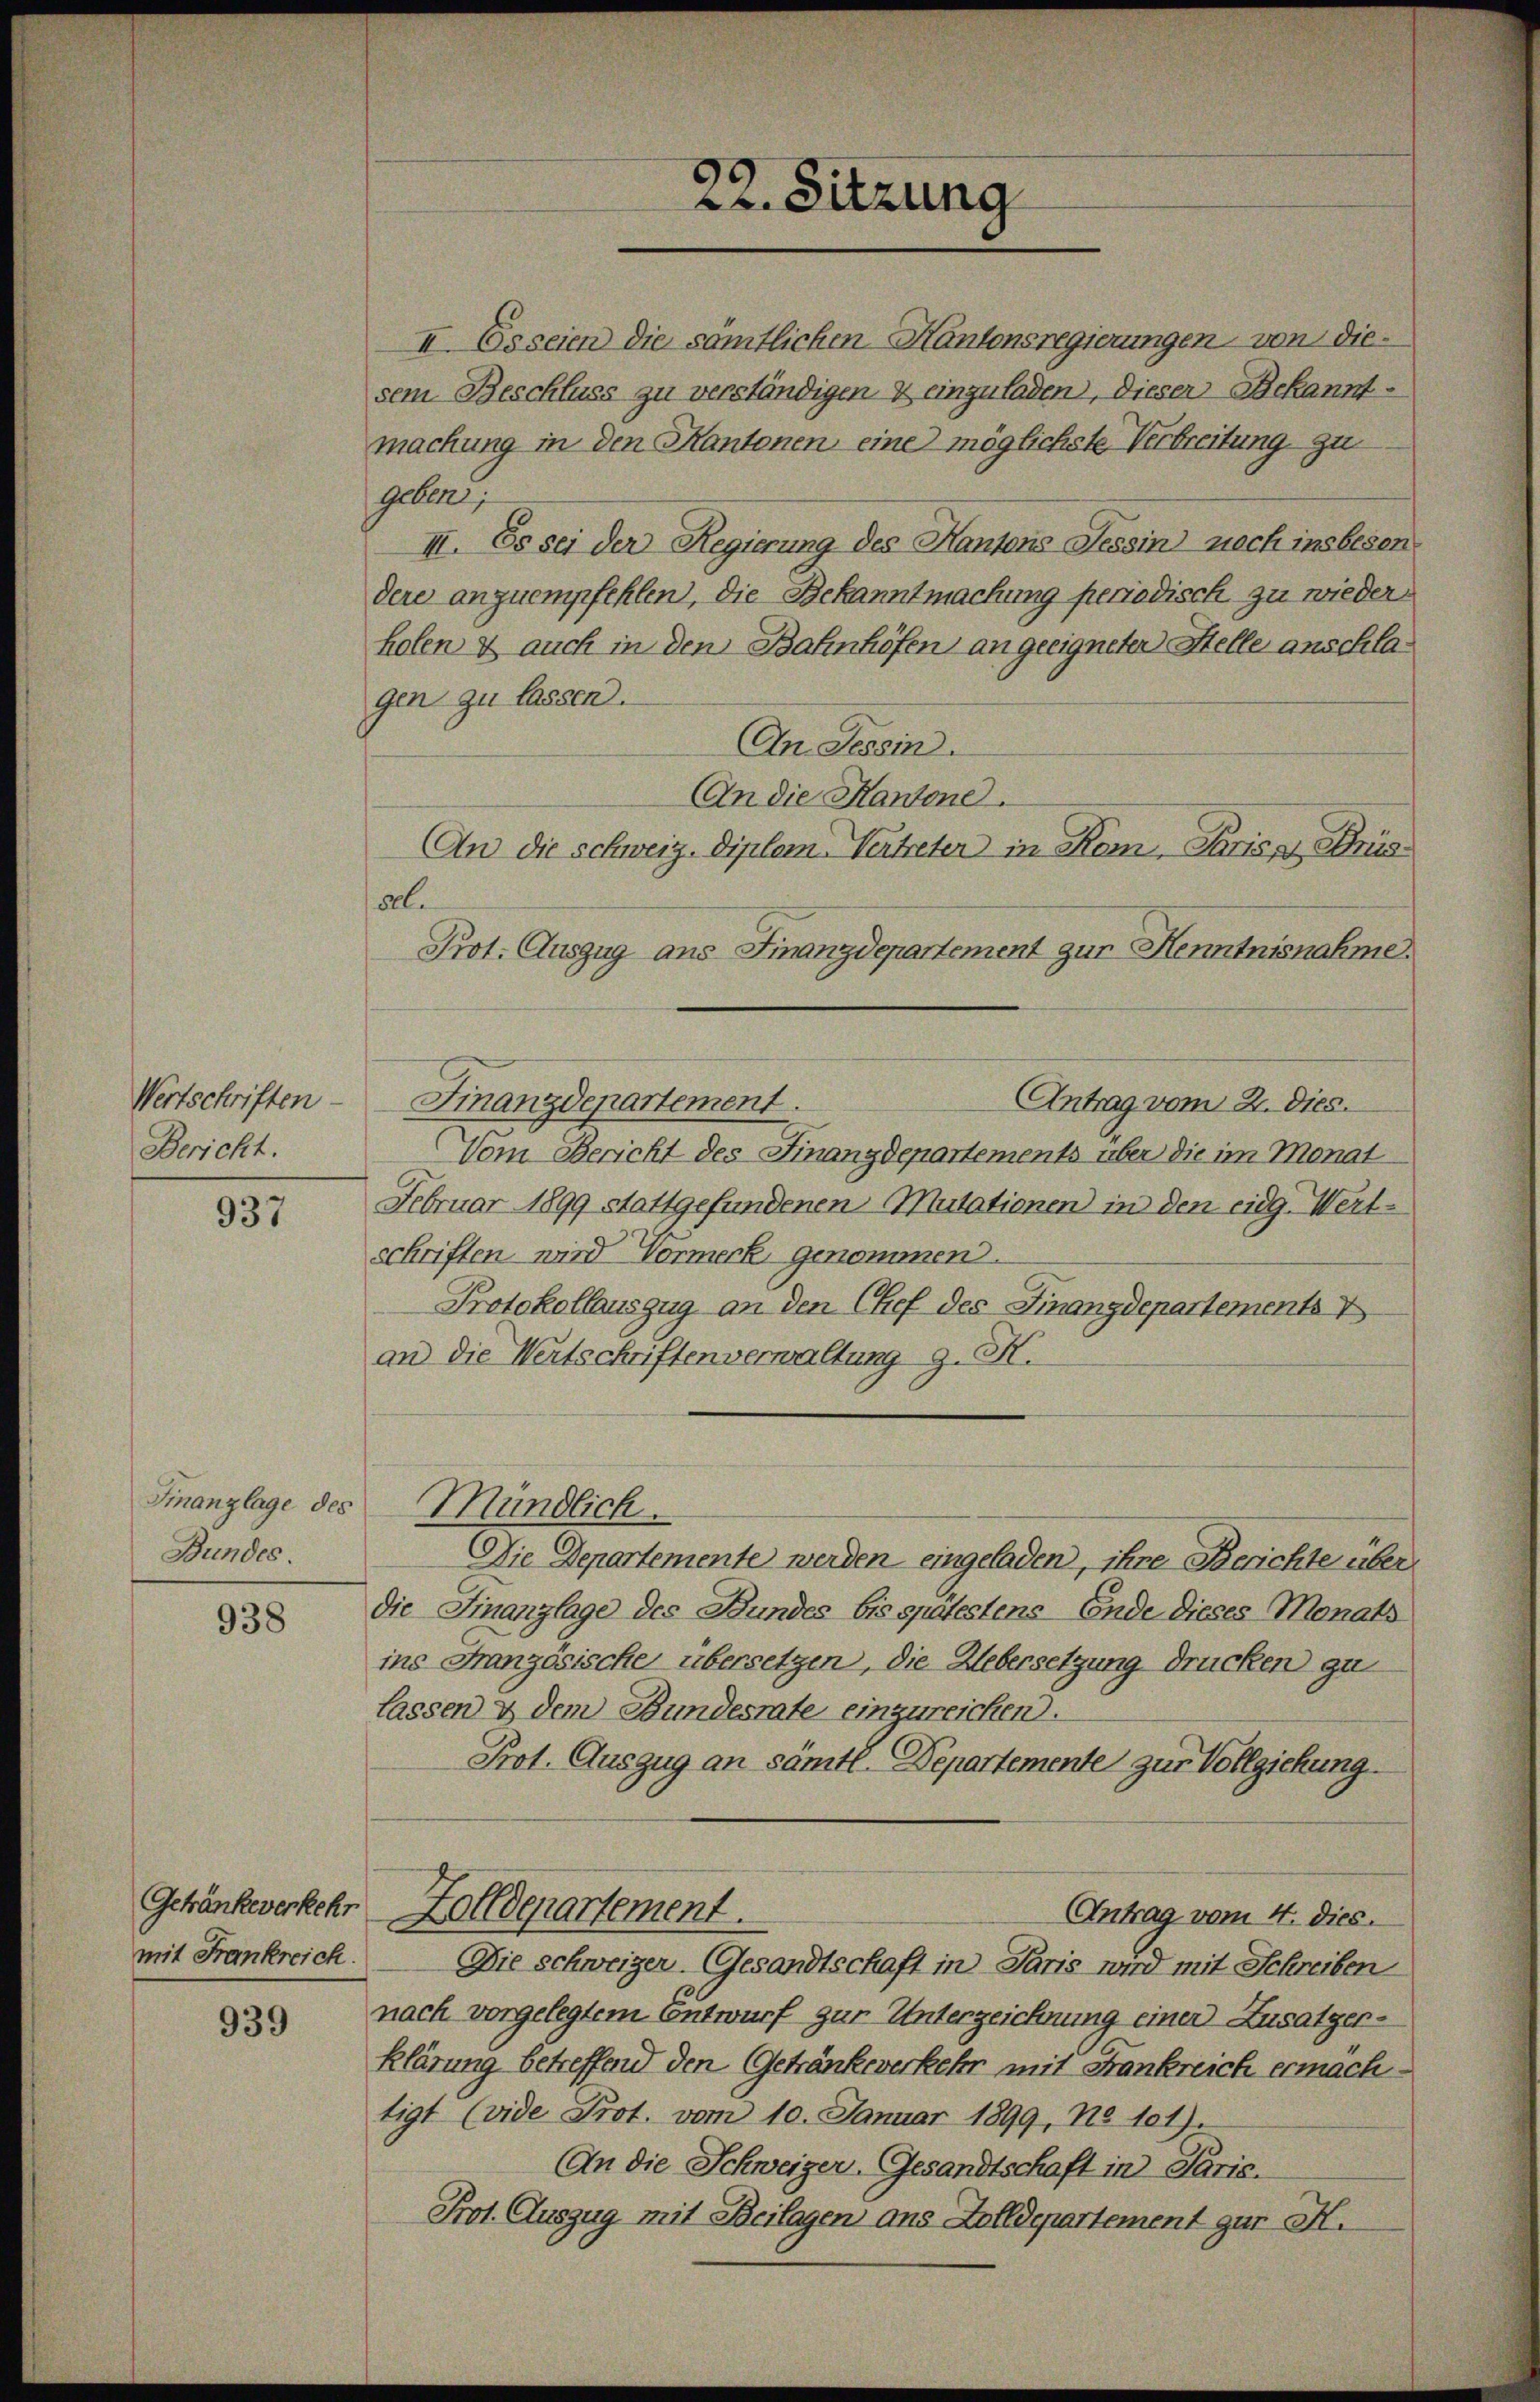
Wertschriften
Bericht.

937

Finanzlage des
Bundes.

938

Getränke verkehr
mit Frankreich.

939

II. Esseien die sämtlichen Kantonsregierungen von diesem Beschluss zu verständigen & einzuladen, dieser Bekanntmachung in den Kantonen eine möglichste Verbreitung zu
geben,
II. Es sei der Regierung des Kantons Tessin noch insbeson
dere anzuempfehlen, die Bekanntmachung periodisch zu wieder
holen & auch in den Bahnhöfen an geeigneten Stelle anschlagen zu lassen.
In Tessin.
An die Hantone.
An die schweiz. Diplom Vertreter in Kom-Paris Bris
50.
Prot. Auszug aus Finanzdepartement zur Henntnisnahme.
Finanzdepartement.
Antrag vom 2. Dies.
Vom Bericht des Finanzdepartements über die im Monat
Februar 1899 stattgefundenen Mutationen in den eidg. Wert-
schriften wird Vormerk genommen.
Protokollauszug an den Chef des Finanzdepartemente
an die Wertschriftenverwaltung z. B.
Mündlich.
Die Departemente werden eingeladen, ihre Berichte über
die Finanzlage des Bundes bis spätestens Ende dieses Monats
ins Französische übersetzen, die Uebersetzung drücken gu
lassen & dem Bundesrate einzureichen).
Prot. Auszug an sämtl. Departemente zur Vollziehung
Zolldepartement.
Antrag vom 4. dies.
Die schweizer Gesandtschaft in Paris wird mit Schreiben
nach vorgelegtem Entwurf zur Unterzeichnung einer Zusatzerklärung betreffend den Getränke verkehr mit Frankreich ermäch
tigt (vide Prot. vom 10. Januar 1899, No 101)
(An die Schweizer-Gesandtschaft in Paris.
Prot. Auszug mit Beilagen ans Aolldepartement gur H.

22. Sitzung